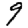
Digit: 9